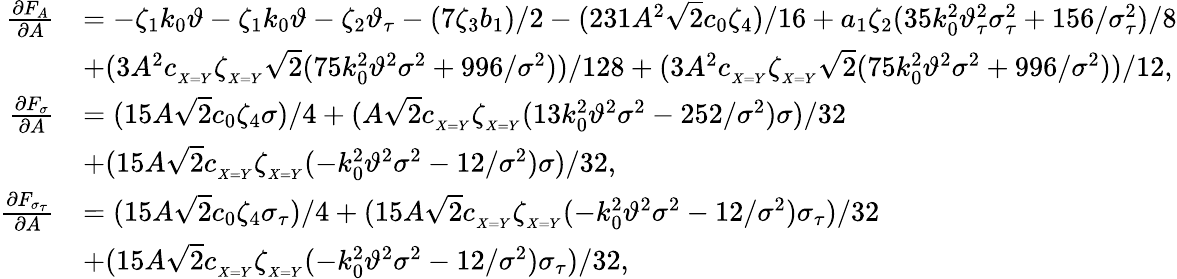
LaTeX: \begin{array}{rl}{\frac{\partial F_{A}}{\partial A}}&{=-\zeta_{1}k_{0}\vartheta-\zeta_{1}k_{0}\vartheta-\zeta_{2}\vartheta_{\tau}-(7\zeta_{3}b_{1})/2-(231A^{2}\sqrt{2}c_{0}\zeta_{4})/16+a_{1}\zeta_{2}(35k_{0}^{2}\vartheta_{\tau}^{2}\sigma_{\tau}^{2}+156/\sigma_{\tau}^{2})/8}\\ &{+(3A^{2}c_{_{X=Y}}\zeta_{_{X=Y}}\sqrt{2}(75k_{0}^{2}\vartheta^{2}\sigma^{2}+996/\sigma^{2}))/128+(3A^{2}c_{_{X=Y}}\zeta_{_{X=Y}}\sqrt{2}(75k_{0}^{2}\vartheta^{2}\sigma^{2}+996/\sigma^{2}))/12,}\\ {\frac{\partial F_{\sigma}}{\partial A}}&{=(15A\sqrt{2}c_{0}\zeta_{4}\sigma)/4+(A\sqrt{2}c_{_{X=Y}}\zeta_{_{X=Y}}(13k_{0}^{2}\vartheta^{2}\sigma^{2}-252/\sigma^{2})\sigma)/32}\\ &{+(15A\sqrt{2}c_{_{X=Y}}\zeta_{_{X=Y}}(-k_{0}^{2}\vartheta^{2}\sigma^{2}-12/\sigma^{2})\sigma)/32,}\\ {\frac{\partial F_{\sigma_{\tau}}}{\partial A}}&{=(15A\sqrt{2}c_{0}\zeta_{4}\sigma_{\tau})/4+(15A\sqrt{2}c_{_{X=Y}}\zeta_{_{X=Y}}(-k_{0}^{2}\vartheta^{2}\sigma^{2}-12/\sigma^{2})\sigma_{\tau})/32}\\ &{+(15A\sqrt{2}c_{_{X=Y}}\zeta_{_{X=Y}}(-k_{0}^{2}\vartheta^{2}\sigma^{2}-12/\sigma^{2})\sigma_{\tau})/32,}\end{array}